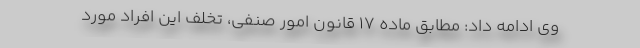
وی ادامه داد: مطابق ماده ۱۷ قانون امور صنفی، تخلف این افراد مورد